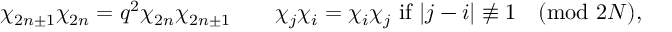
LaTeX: \chi _ { 2 n \pm 1 } \chi _ { 2 n } = q ^ { 2 } \chi _ { 2 n } \chi _ { 2 n \pm 1 } \qquad \chi _ { j } \chi _ { i } = \chi _ { i } \chi _ { j } \mathrm { ~ i f ~ } | j - i | \not \equiv 1 \pmod { 2 N } ,